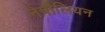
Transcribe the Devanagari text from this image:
नेपौलियन